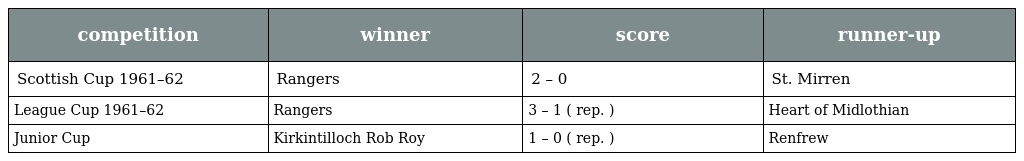
| competition | winner | score | runner-up |
 | --- | --- | --- | --- |
 | Scottish Cup 1961–62 | Rangers | 2 – 0 | St. Mirren |
 | League Cup 1961–62 | Rangers | 3 – 1 ( rep. ) | Heart of Midlothian |
 | Junior Cup | Kirkintilloch Rob Roy | 1 – 0 ( rep. ) | Renfrew |